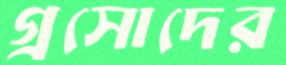
গ্রসোদের